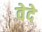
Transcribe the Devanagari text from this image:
वेदे